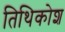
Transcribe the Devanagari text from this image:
तिथिकोश